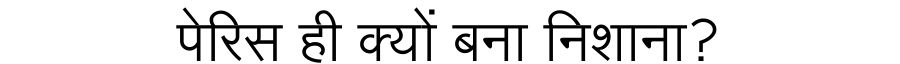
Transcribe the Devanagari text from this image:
पेरिस ही क्यों बना निशाना?